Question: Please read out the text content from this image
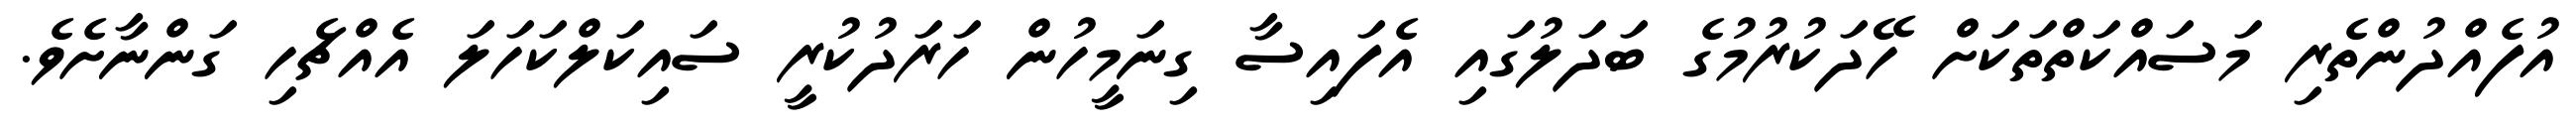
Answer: އުފެއްދުންތެރި މަސައްކަތްތަކަށް ހޭދަކުރުމުގެ ބަދަލުގައި އެފައިސާ ގިނަމީހުން ހަރަދުކުރީ ސައިކަލްކަހަލަ އެއްޗެހި ގަންނާށެވެ.